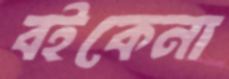
বইকেনা